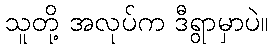
သူတို့ အလုပ်က ဒီရွာမှာပဲ။